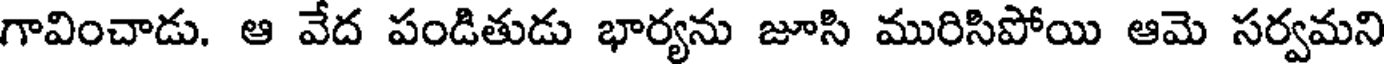
గావించాడు. ఆ వేద పండితుడు భార్యను జూసి మురిసిపోయి ఆమె సర్వమని